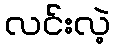
လင်းလဲ့